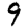
Digit: 9